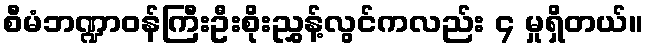
စီမံဘဏ္ဍာဝန်ကြီးဦးစိုးညွှန့်လွင်ကလည်း ၄ မှုရှိတယ်။